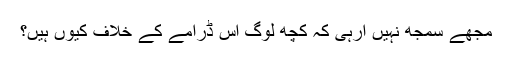
مجھے سمجھ نہیں آرہی کہ کچھ لوگ اس ڈرامے کے خلاف کیوں ہیں؟